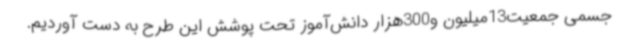
جسمی جمعیت13میلیون و300هزار دانش‌آموز تحت پوشش این طرح به دست آوردیم.